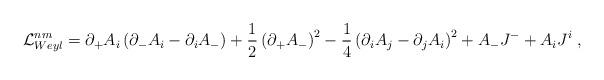
LaTeX: \begin{align*}{\cal L}_{Weyl}^{nm} = \partial_{+} {A}_i \left(\partial_{-}{A}_i - \partial_i A_{-}\right) + \frac 1 2 \left(\partial_{+} {A}_{-} \right)^2 - \frac 1 4\left( \partial_i {A}_j - \partial_j {A}_i\right)^2 + {A}_{-} {J}^{-} + {A}_i {J}^i \;,\end{align*}